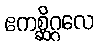
ဧကစ္ဆိဂ္ဂလေ